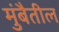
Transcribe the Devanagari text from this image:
मुंबैतील